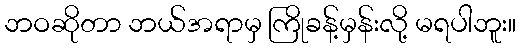
ဘဝဆိုတာ ဘယ်အရာမှ ကြိုခန့်မှန်းလို့ မရပါဘူး။